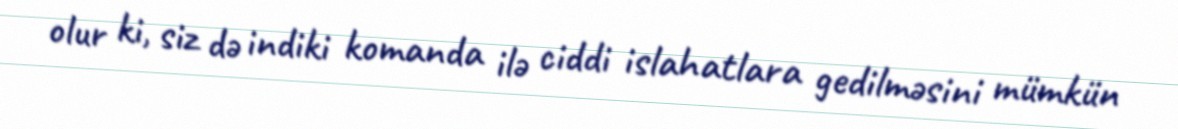
olur ki, siz də indiki komanda ilə ciddi islahatlara gedilməsini mümkün